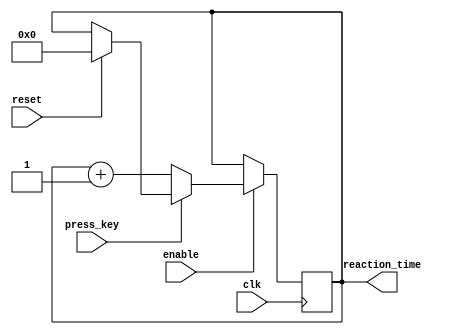
module reaction_count(enable, clk, press_key, reset, reaction_time);

	input enable;
	input clk;
	input press_key;
	input reset;

	output [15:0] reaction_time;
	
	reg lights_off;
	reg [15:0] reaction_time;
	
	always @(posedge clk) begin
			
		if(enable)
			if(!press_key) 
				reaction_time <= reaction_time + 1'b1;
		
		else if(reset)
			reaction_time <= 0;	
	end
		
endmodule